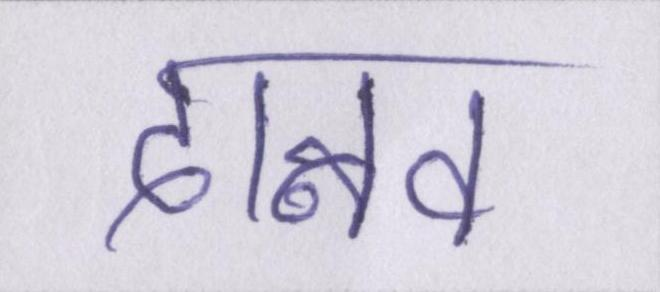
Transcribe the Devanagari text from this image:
दानव